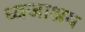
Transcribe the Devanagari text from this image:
ध्वजाश्रय